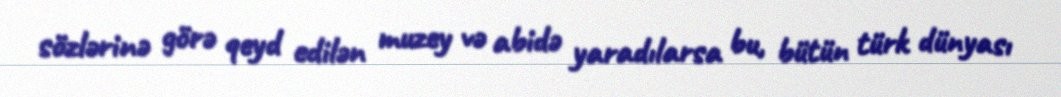
sözlərinə görə qeyd edilən muzey və abidə yaradılarsa bu, bütün türk dünyası